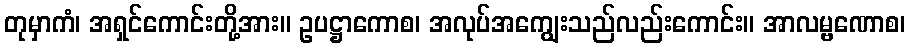
တုမှာကံ၊ အရှင်ကောင်းတို့အား။ ဥပဋ္ဌာကောစ၊ အလုပ်အကျွေးသည်လည်းကောင်း။ အာလမ္ဗဏောစ၊